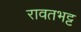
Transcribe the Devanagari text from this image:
रावतभट्ट